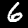
Label: 6